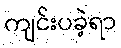
ကျင်းပခဲ့ရာ